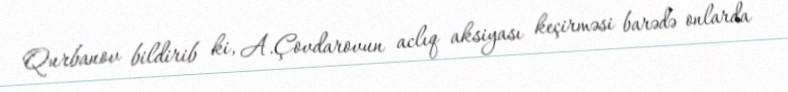
Qurbanov bildirib ki, A.Çovdarovun aclıq aksiyası keçirməsi barədə onlarda